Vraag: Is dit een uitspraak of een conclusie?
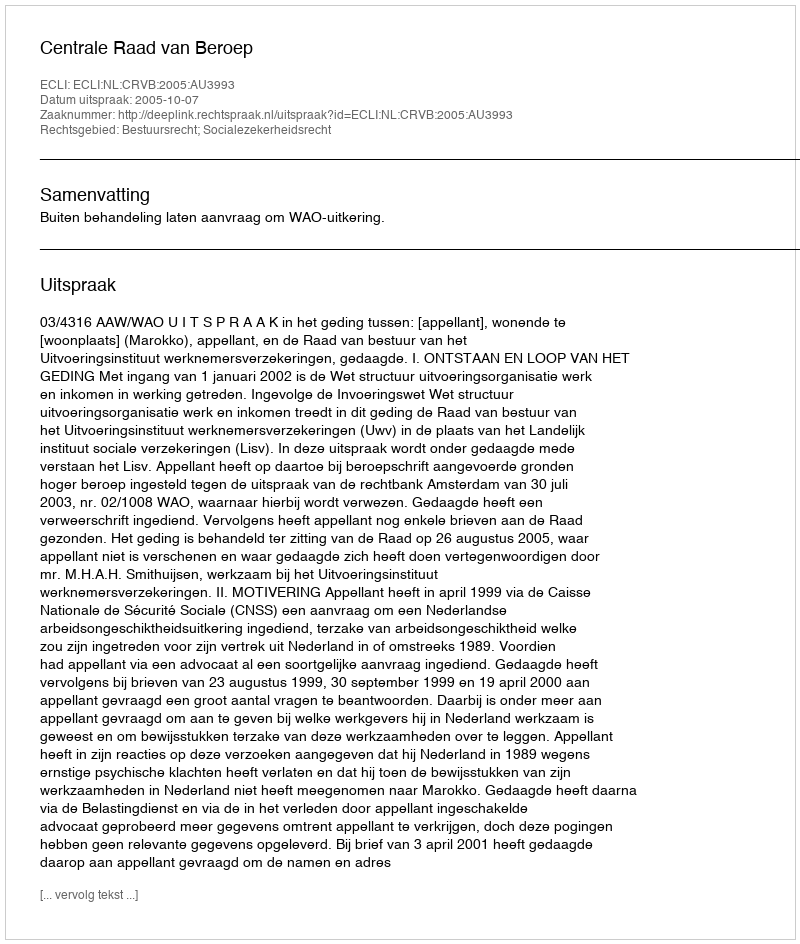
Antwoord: Uitspraak